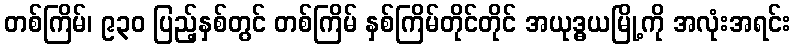
တစ်ကြိမ်၊ ၉၃၀ ပြည့်နှစ်တွင် တစ်ကြိမ် နှစ်ကြိမ်တိုင်တိုင် အယုဒ္ဓယမြို့ကို အလုံးအရင်း